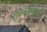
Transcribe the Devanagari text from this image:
एकात्लिक्वापेचो